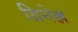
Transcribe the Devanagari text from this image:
ग्रिनेल्ल